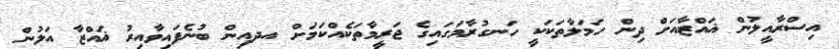
އިސްރާއީލުން ޣައްޒާއަށް ދިން ހަމަލާތަކަކީ ހަނގުރާމަގައިގެ ޖަރީމާތަކެއްކަމަށް އދއިން ބުނެފައިވާއިރު ޣައްޒާ އަލުން